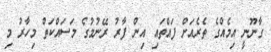
ގާނޫނީ އިމެއްގެ ތެރެއަށް ފައްތައި އިން ފާރު ރޭނުމުގެ މަސައްކަތް މިހާރު މި